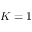
K = 1